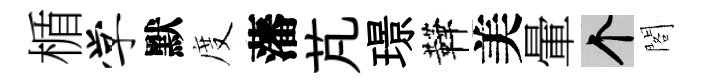
楯学默度藩芃璟鞾美暈个閣